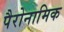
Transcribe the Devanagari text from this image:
पैरोनामिक